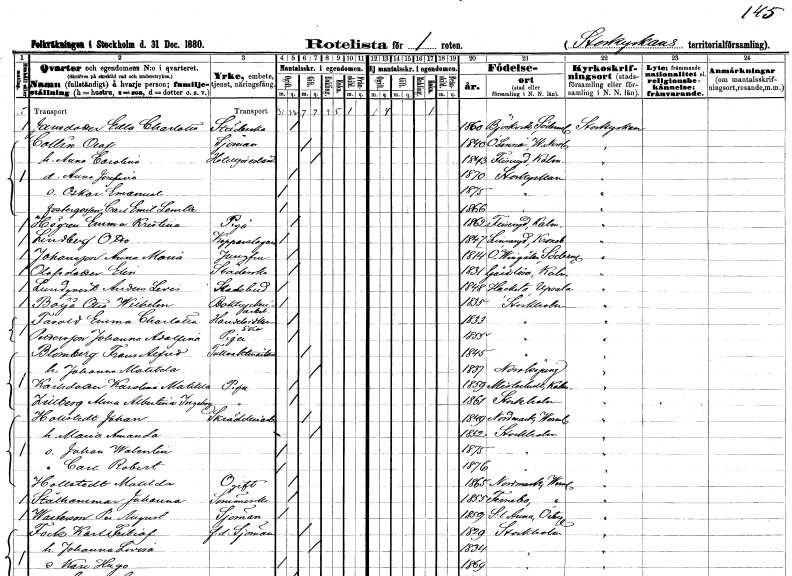
gt_parse: households: individuals: FN: Edla Charlotta
EN: Jansdotter
YRKE: Städerska
KON: K
CIV: O
FODAR: 1860
FODFORS: Björkvik Södermanlands län
FN: Olof
EN: Collin
YRKE: Sjöman
KON: M
CIV: G
FODAR: 1840
FODFORS: Överlännäs Västernorrlands län
FN: Anna Carolina
YRKE: Hotellförestånderska
KON: K
CIV: G
FODAR: 1843
FODFORS: Fliseryd Kalmar län
FN: Anna Josefina
KON: K
CIV: O
FODAR: 1870
FODFORS: Storkyrkoförsamlingen Stockholms stad
FN: Oskar Emanuel
KON: M
CIV: O
FODAR: 1875
FODFORS: Storkyrkoförsamlingen Stockholms stad
FN: Carl Emil
EN: Lemle
KON: M
CIV: O
FODAR: 1866
FODFORS: Storkyrkoförsamlingen Stockholms stad
FN: Emma Kristina
EN: Högren
YRKE: Piga
KON: K
CIV: O
FODAR: 1862
FODFORS: Fliseryd Kalmar län
FN: Otto
EN: Lundgren
YRKE: Kopparslagare
KON: M
CIV: O
FODAR: 1847
FODFORS: Linneryd Kronobergs län
FN: Anna Maria
EN: Johansson
YRKE: Jungfru
KON: K
CIV: O
FODAR: 1814
FODFORS: Östra Vingåker Södermanlands län
FN: Elin
EN: Olofsdotter
YRKE: Städerska
KON: K
CIV: O
FODAR: 1831
FODFORS: Gärdslösa Kalmar län
FN: Anders Levis
EN: Lundqvist
YRKE: Stadsbud
KON: M
CIV: O
FODAR: 1848
FODFORS: Hacksta Uppsala län
FN: Otto Wilhelm
EN: Boÿö
YRKE: Boktryckeriarbetare
KON: M
CIV: O
FODAR: 1835
FODFORS: Stockholm
FN: Emma Charlotta
EN: Farold
YRKE: Handelsidkerska
KON: K
CIV: O
FODAR: 1833
FODFORS: Stockholm
FN: Johanna Adolfina
EN: Pettersson
YRKE: Piga
KON: K
CIV: O
FODAR: 1855
FODFORS: Stockholm
FN: Frans Alfred
EN: Blomberg
YRKE: Tullvaktmästare
KON: M
CIV: G
FODAR: 1845
FODFORS: Stockholm
FN: Johanna Matilda
KON: K
CIV: G
FODAR: 1837
FODFORS: Norrköping Östergötlands län
FN: Karolina Matilda
EN: Karlsdotter
YRKE: Piga
KON: K
CIV: O
FODAR: 1859
FODFORS: Misterhult Kalmar län
FN: Alma Albertina Ingeborg
EN: Zillberg
YRKE: Piga
KON: K
CIV: O
FODAR: 1861
FODFORS: Stockholm
FN: Johan
EN: Hollstedt
YRKE: Skrädderiarbetare
KON: M
CIV: G
FODAR: 1849
FODFORS: Nordmark Värmlands län
FN: Maria Amanda
KON: K
CIV: G
FODAR: 1852
FODFORS: Stockholm
FN: Johan Walentin
KON: M
CIV: O
FODAR: 1875
FODFORS: Stockholm
FN: Carl Robert
KON: M
CIV: O
FODAR: 1876
FODFORS: Stockholm
FN: Matilda
EN: Hollstedt
KON: K
CIV: O
FODAR: 1865
FODFORS: Nordmark Värmlands län
FN: Johanna
EN: Stålhammar
YRKE: Sömmerska
KON: K
CIV: O
FODAR: 1855
FODFORS: Färnebo Värmlands län